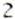
2